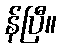
န်ပြီ။